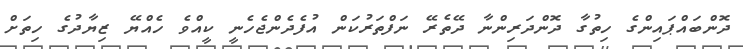
ދޮންބައްޕައިންގެ ހިތުގާ ދޮންދަރިންްނާ ދޭތެރޭ ނަފްތަރުކަން އުފެދެންޖެހެނީ ކީއްވެ ހެއްޔޭ ޒިޔާދުގެ ހިތަށް